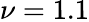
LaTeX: \nu=1.1